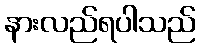
နားလည်ရပါသည်